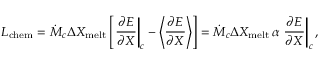
L _ { \mathrm { c h e m } } = \dot { M } _ { c } \Delta X _ { \mathrm { m e l t } } \left[ \left. { \frac { \partial E } { \partial X } } \right| _ { c } - \left\langle { \frac { \partial E } { \partial X } } \right\rangle \right] = \dot { M } _ { c } \Delta X _ { \mathrm { m e l t } } \, \alpha \left. { \frac { \partial E } { \partial X } } \right| _ { c } ,